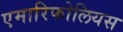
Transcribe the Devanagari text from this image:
एमारिफोलियस